Note on surra in camels for commandants of camel corps
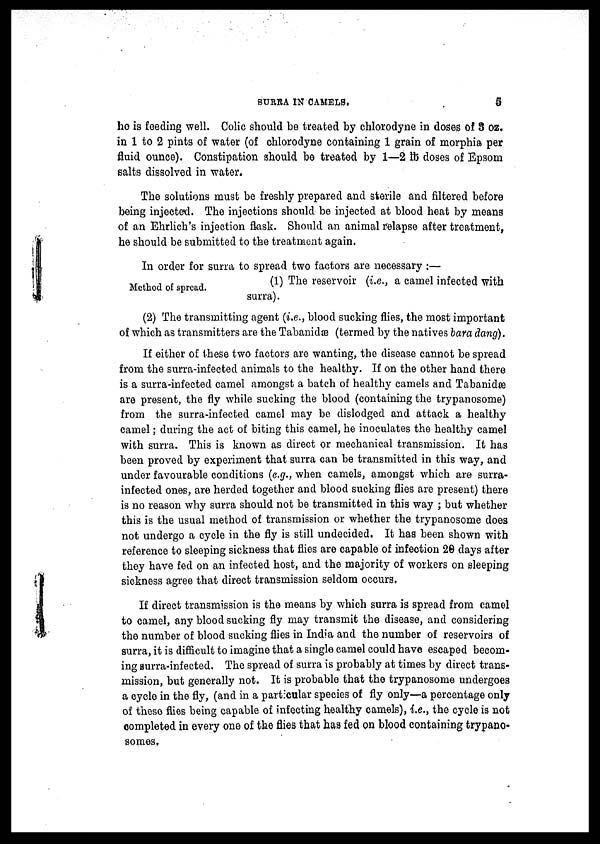
SURRA IN CAMELS.
5
ho is feeding well. Colic should be treated by chlorodyne in doses of 8 oz.
in 1 to 2 pints of water (of chlorodyne containing 1 grain of morphia per
fluid ounce). Constipation should be treated by 1—2 lb doses of Epsom
salts dissolved in water.
The solutions must be freshly prepared and sterile and filtered before
being injected. The injections should be injected at blood heat by means
of an Ehrlich's injection flask. Should an animal relapse after treatment,
he should be submitted to the treatment again.
Method of spread.
In order for surra to spread two factors are necessary :—
(1) The reservoir (i.e., a camel infected with
surra).
(2) The transmitting agent (i.e., blood sucking flies, the most important
of which as transmitters are the Tabanidae (termed by the natives bara dang).
If either of these two factors are wanting, the disease cannot be spread
from the surra-infected animals to the healthy. If on the other hand there
is a surra-infected camel amongst a batch of healthy camels and Tabanidae
are present, the fly while sucking the blood (containing the trypanosome)
from the surra-infected camel may be dislodged and attack a healthy
camel; during the act of biting this camel, he inoculates the healthy camel
with surra. This is known as direct or mechanical transmission. It has
been proved by experiment that surra can be transmitted in this way, and
under favourable conditions (e.g., when camels, amongst which are surra-
infected ones, are herded together and blood sucking flies are present) there
is no reason why surra should not be transmitted in this way ; but whether
this is the usual method of transmission or whether the trypanosome does
not undergo a cycle in the fly is still undecided. It has been shown with
reference to sleeping sickness that flies are capable of infection 20 days after
they have fed on an infected host, and the majority of workers on sleeping
sickness agree that direct transmission seldom occurs.
If direct transmission is the means by which surra is spread from camel
to camel, any blood sucking fly may transmit the disease, and considering
the number of blood sucking flies in India and the number of reservoirs of
surra, it is difficult to imagine that a single camel could have escaped becom-
ing surra-infected. The spread of surra is probably at times by direct trans-
mission, but generally not. It is probable that the trypanosome undergoes
a cycle in the fly, (and in a particular species of fly only—a percentage only
of these flies being capable of infecting healthy camels), i.e., the cycle is not
completed in every one of the flies that has fed on blood containing trypano-
somes,